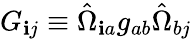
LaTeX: G_{\mathbf{i}j}\equiv\hat{{\Omega}}_{\mathbf{i}a}g_{ab}\hat{{\Omega}}_{bj}